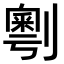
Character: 𠟲